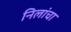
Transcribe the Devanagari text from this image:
निलांचा